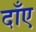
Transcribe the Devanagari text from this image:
दाँए